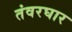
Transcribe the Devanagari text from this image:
तंवरघार